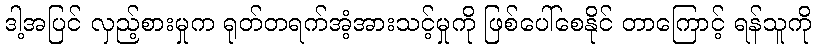
ဒါ့အပြင် လှည့်စားမှုက ရုတ်တရက်အံ့အားသင့်မှုကို ဖြစ်ပေါ်စေနိုင် တာကြောင့် ရန်သူကို